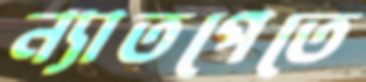
ন্যাতপেতে